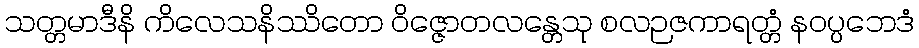
သတ္တမာဒီနိ ကိလေသနိဿိတော ဝိဇ္ဇောတလန္တေသု စလဉဇကာရတ္တံ နဝပ္ပဘေဒံ